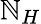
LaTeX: \mathbb{N}_{H}